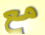
مع